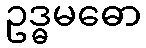
ဥဒ္ဓမဓော